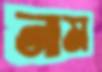
নাম